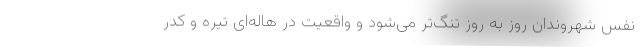
نفس شهروندان روز به روز تنگ‌تر می‌شود و واقعیت در هاله‌ای تیره و کدر